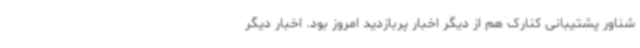
شناور پشتیبانی کنارک هم از دیگر اخبار پربازدید امروز بود. اخبار دیگر